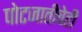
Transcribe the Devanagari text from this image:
पोटजातीचेही